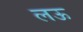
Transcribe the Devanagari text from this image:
लऊ